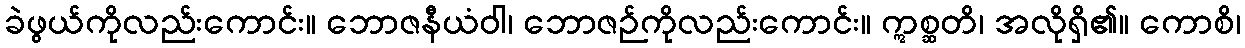
ခဲဖွယ်ကိုလည်းကောင်း။ ဘောဇနီယံဝါ၊ ဘောဇဉ်ကိုလည်းကောင်း။ ဣစ္ဆတိ၊ အလိုရှိ၏။ ကောစိ၊